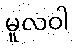
မူလဝါ